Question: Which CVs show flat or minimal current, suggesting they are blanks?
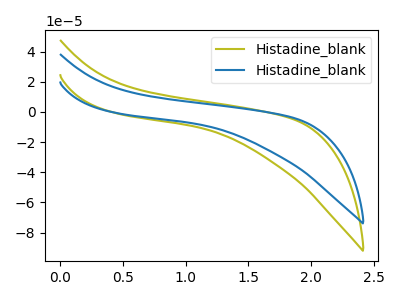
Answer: <think>The olive curve "Histadine_blank1" has no peaks. The blue curve "Histadine_blank2" has no peaks.</think>
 <answer>"Histadine_blank1" and "Histadine_blank2" are likely to be blanks.</answer>
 <eval>"Histadine_blank1", "Histadine_blank2"</eval>